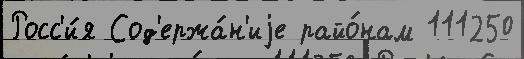
Росс'и́я Сод'ержа́н'иjе райо́нам 111250